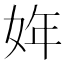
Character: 姩